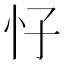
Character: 𱞀